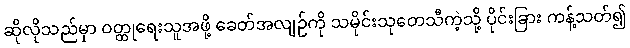
ဆိုလိုသည်မှာ ဝတ္ထုရေးသူအဖို့ ခေတ်အလျဉ်ကို သမိုင်းသုတေသီကဲ့သို့ ပိုင်းခြား ကန့်သတ်၍